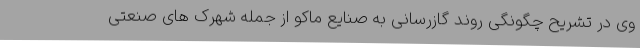
وی در تشریح چگونگی روند گازرسانی به صنایع ماکو از جمله شهرک های صنعتی